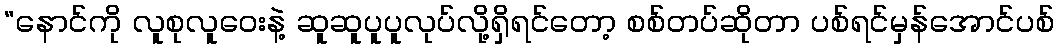
“နောင်ကို လူစုလူဝေးနဲ့ ဆူဆူပူပူလုပ်လို့ရှိရင်တော့ စစ်တပ်ဆိုတာ ပစ်ရင်မှန်အောင်ပစ်